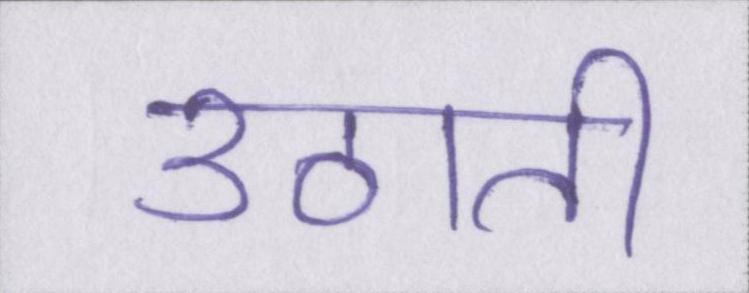
उठाती